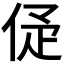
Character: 𠈴